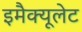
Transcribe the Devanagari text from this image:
इमैक्यूलेट